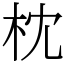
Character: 枕